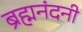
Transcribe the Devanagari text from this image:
ब्रह्मनंदनी